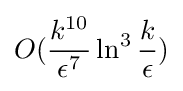
O({k^{10} \over \epsilon ^{7}}\ln ^{3}{k \over \epsilon })